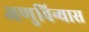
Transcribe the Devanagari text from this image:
अणुविन्यास